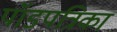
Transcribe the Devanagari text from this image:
पॉडपत्रिका